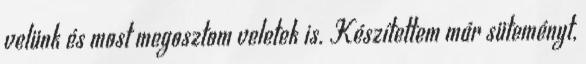
velünk és most megosztom veletek is. Készítettem már süteményt,